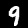
Digit: 9